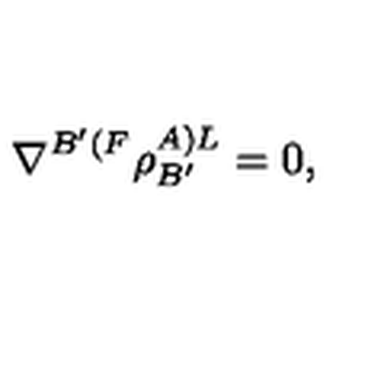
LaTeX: \nabla ^ { B ^ { \prime } ( F } \rho _ { B ^ { \prime } } ^ { A ) L } = 0 ,